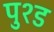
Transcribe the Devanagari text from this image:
पुश्ड